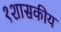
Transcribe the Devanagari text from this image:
१शासकीय